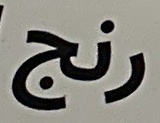
رنج